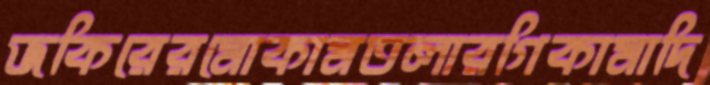
জকিরেরমোকামতলারগিকামাদি